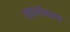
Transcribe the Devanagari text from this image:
स्वर्णाभरण